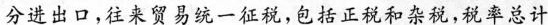
分进出口，往来贸易统一征税，包括正税和杂税，税率总计